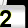
Digit: 2